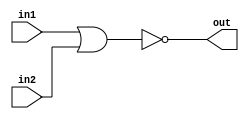
/*
    CS/ECE 552 Spring '19
    Homework #3, Problem 2

    2 input NOR
*/
module nor2 (in1,in2,out);
    input in1,in2;
    output out;
    assign out = ~(in1 | in2);
endmodule